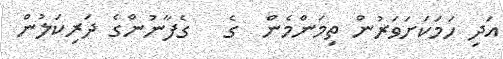
އަދި ހަމަކަށަވަރުން ތިމަންމެން  ގެ   ގެފާނުންގެ ދަރިކަލުން